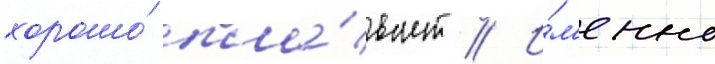
хорошо́ пла́вает // И́м'енно